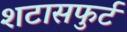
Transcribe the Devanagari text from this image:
शटासफुर्ट